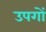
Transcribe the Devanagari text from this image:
उपगों